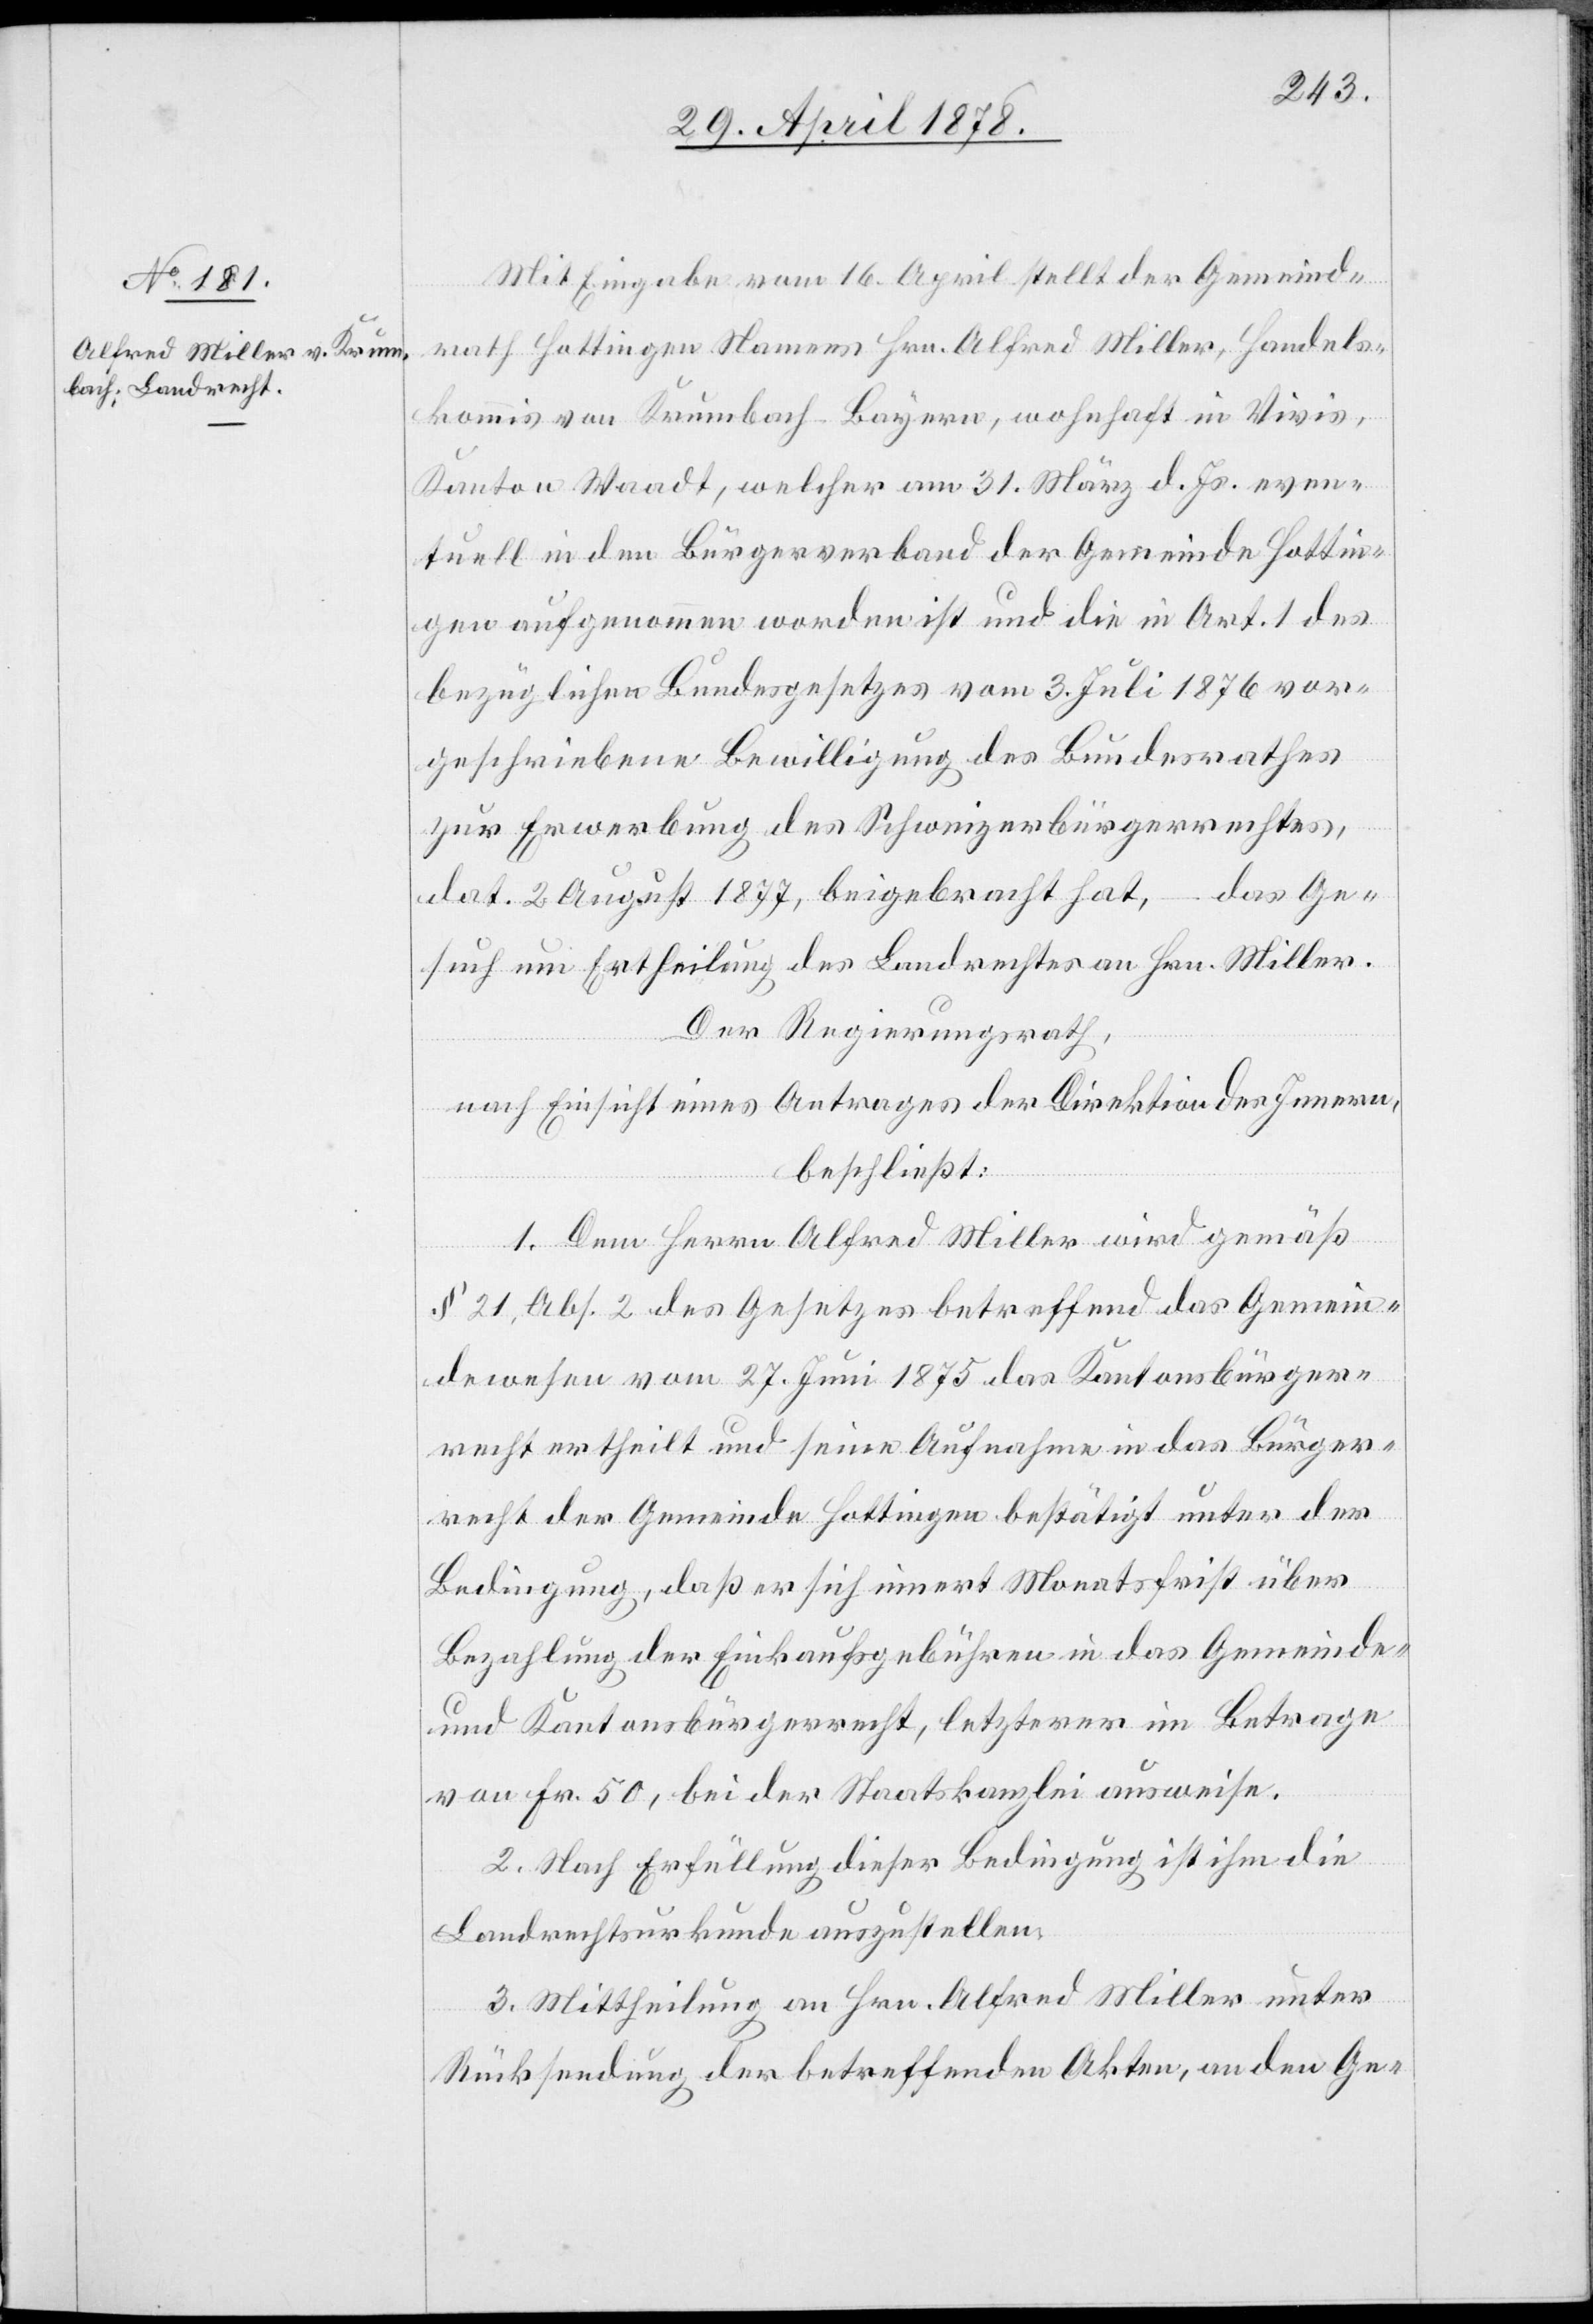
Mit Eingabe vom 16. April stellt der Gemeind¬
rath Hottingen Namens Hrn. Alfred Miller, Handels¬
kommis von Krumbach - Bayern, wohnhaft in Vivis,
Kanton Waadt, welcher am 31. März d. Js. even¬
tuell in den Bürgerverband der Gemeinde Hottin¬
gen aufgenommen worden ist und die in Art. 1 des
bezüglichen Bundesgesetzes vom 3. Juli 1876 vor¬
geschriebene Bewilligung des Bundesrathes
zur Erwerbung des Schweizerbürgerrechtes,
dat. 2. August 1877, beigebracht hat, – das Ge¬
such um Ertheilung des Landrechtes an Hrn. Miller.
Der Regierungsrath,
nach Einsicht eines Antrages der Direktion des Innern,
beschließt:
1. Dem Herrn Alfred Miller wird gemäß
§ 21, Abs. 2 des Gesetzes betreffend das Gemein¬
dewesen vom 27. Juni 1875 das Kantonsbürger¬
recht ertheilt und seine Aufnahme in das Bürger¬
recht der Gemeinde Hottingen bestätigt unter der
Bedingung, daß er sich innert Monatsfrist über
Bezahlung der Einkaufsgebühren in das Gemeinde-
und Kantonsbürgerrecht, letzterer im Betrage
von Fr. 50, bei der Staatskanzlei ausweise.
2. Nach Erfüllung dieser Bedingung ist ihm die
Landrechtsurkunde auszustellen.
3. Mittheilung an Hrn. Alfred Miller unter
Rücksendung der betreffenden Akten, an den Ge-